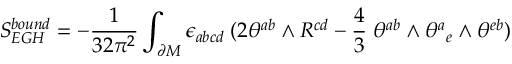
S _ { E G H } ^ { b o u n d } = - { \frac { 1 } { 3 2 \pi ^ { 2 } } } \int _ { \partial M } \epsilon _ { a b c d } \; ( 2 \theta ^ { a b } \wedge R ^ { c d } - { \frac { 4 } { 3 } } \; \theta ^ { a b } \wedge \theta ^ { a } { } _ { e } \wedge \theta ^ { e b } )